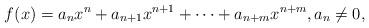
LaTeX: \begin{align*}f(x)=a_n x^n + a_{n+1}x^{n+1} + \cdots + a_{n+m}x^{n+m},a_n\ne 0,\end{align*}